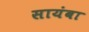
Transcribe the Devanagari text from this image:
सायंबा